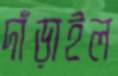
দাঁড়াইল